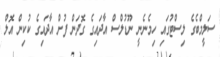
ސަލީމްބެގެ ލިސްޓުގައި ހިމެނެނީ ނޫޑުލްސް އާދައިގެ ގޮދަން ފުށް އާދައިގެ ކުކިން އޮލް